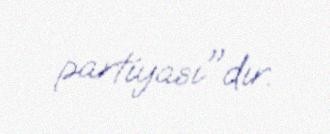
partiyası"dır.